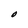
Character: O